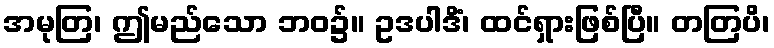
အမုတြ၊ ဤမည်သော ဘဝ၌။ ဥဒပါဒိံ၊ ထင်ရှားဖြစ်ပြီ။ တတြပိ၊